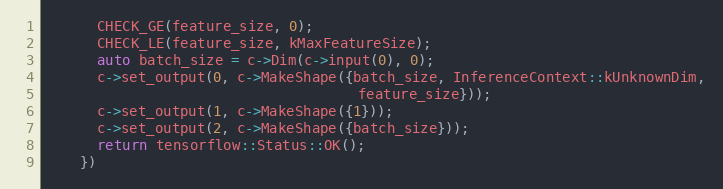
Language: C++
      CHECK_GE(feature_size, 0);
      CHECK_LE(feature_size, kMaxFeatureSize);
      auto batch_size = c->Dim(c->input(0), 0);
      c->set_output(0, c->MakeShape({batch_size, InferenceContext::kUnknownDim,
                                     feature_size}));
      c->set_output(1, c->MakeShape({1}));
      c->set_output(2, c->MakeShape({batch_size}));
      return tensorflow::Status::OK();
    })